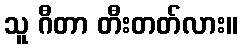
သူ ဂီတာ တီးတတ်လား။